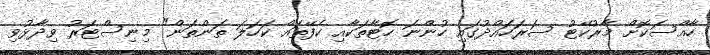
ހާއްސަކޮށް މާރުކޭޓު ސަރަހައްދުގައި ހުންނަ ހޮޓާތަކާއި ކެފޭތައް ކަހަލަ ތަންތަން" މިނިސްޓަރު ވިދާޅުވި